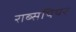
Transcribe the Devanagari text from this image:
राब्सपियर